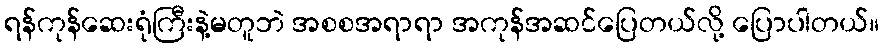
ရန်ကုန်ဆေးရုံကြီးနဲ့မတူဘဲ အစစအရာရာ အကုန်အဆင်ပြေတယ်လို့ ပြောပါတယ်။